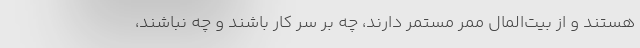
هستند و از بیت‌المال ممر مستمر دارند، چه بر سر کار باشند و چه نباشند،